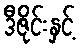
ဒီဇိုင်းနှင့်